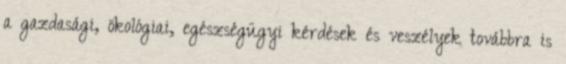
a gazdasági, ökológiai, egészségügyi kérdések és veszélyek továbbra is